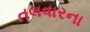
તલવારના